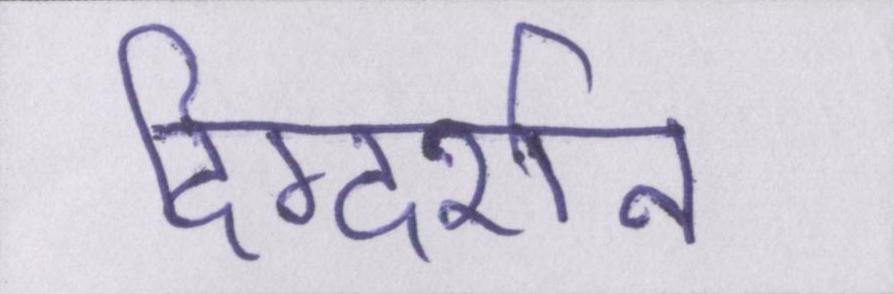
दिग्दर्शन